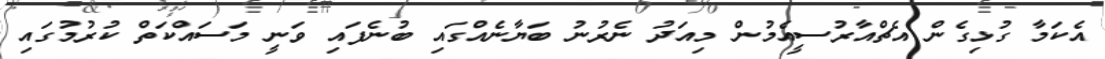
އެކަމާ ގުޅިގެން އެޗްއާރުސީއެމުން މިއަދު ނެރުނު ބަޔާނެއްގައި ބުނެފައި ވަނީ މަސައްކަތް ކުރުމުގައި